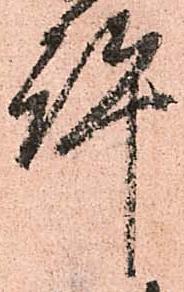
許